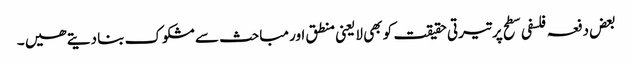
بعض دفعہ فلسفی سطح پر تیرتی حقیقت کو بھی لایعنی منطق اور مباحث سے مشکوک بنا دیتے ھیں ۔